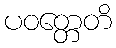
ပဝတ္တေတိ